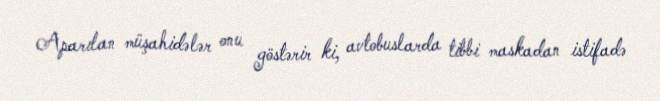
Aparılan müşahidələr onu göstərir ki, avtobuslarda tibbi maskadan istifadə